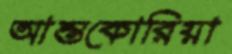
আন্তকোরিয়া